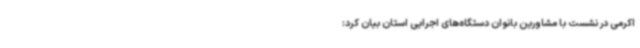
اکرمی در نشست با مشاورین بانوان دستگاه‌های اجرایی استان بیان کرد: